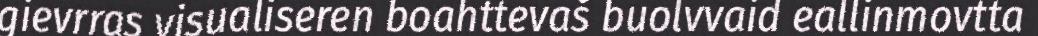
gievrras visualiseren boahttevaš buolvvaid eallinmovtta